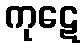
ကုဋေ